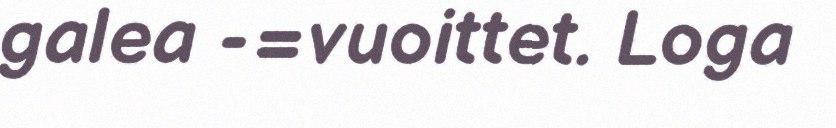
galea -=vuoittet. Loga